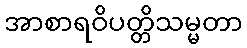
အာစာရဝိပတ္တိသမ္မတာ